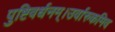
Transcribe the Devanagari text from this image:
पुष्टिवर्धनम्।उर्वारुकमिव